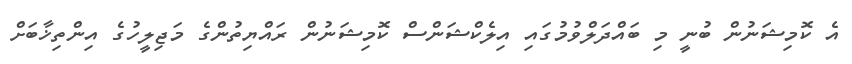
އެ ކޮމިޝަނުން ބުނީ މި ބައްދަލްވުމުގައި އިލެކްޝަންސް ކޮމިޝަނުން ރައްޔިތުންގެ މަޖިލީހުގެ އިންތިޚާބަށް